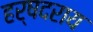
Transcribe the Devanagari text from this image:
हर्षदराय